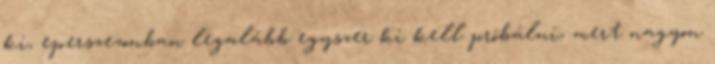
ki, eperszezonban legalább egyszer ki kell próbálni, mert nagyon